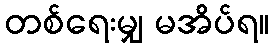
တစ်ရေးမျှ မအိပ်ရ။